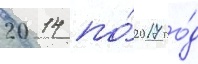
2014 по́ 2017 го́д